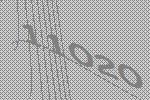
11020